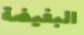
البغيضة